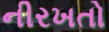
નીરખતો